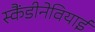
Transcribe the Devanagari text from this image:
स्कैंडीनेवियाई